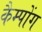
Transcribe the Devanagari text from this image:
कैम्पोंग